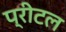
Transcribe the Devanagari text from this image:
प्रीटल